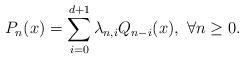
LaTeX: \begin{align*}P_{n}(x)=\sum_{i=0}^{d+1}\lambda _{n,i}Q_{n-i}(x),\ \forall n\geq0. \end{align*}